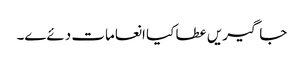
جاگیریں عطا کیا انعامات دئےے۔